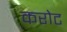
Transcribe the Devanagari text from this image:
करोट